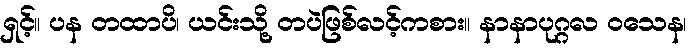
ရှင့်။ ပန တထာပိ၊ ယင်းသို့ တပဲဖြစ်လင့်ကစား။ နာနာပုဂ္ဂလ ဝသေန၊